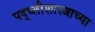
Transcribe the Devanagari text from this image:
पद्ध्तीशास्त्राच्या